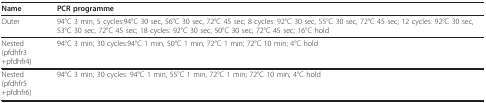
<table><thead><tr><td><b>Name</b></td><td><b>PCR programme</b></td></tr></thead><tbody><tr><td>Outer</td><td>94°C 3 min; 5 cycles:94°C 30 sec, 56°C 30 sec, 72°C 45 sec; 8 cycles: 92°C 30 sec, 55°C 30 sec, 72°C 45 sec; 12 cycles: 92°C 30 sec, 53°C 30 sec, 72°C 45 sec; 18 cycles: 92°C 30 sec, 50°C 30 sec, 72°C 45 sec; 16°C hold</td></tr><tr><td>Nested(pfdhfr3+pfdhfr4)</td><td>94°C 3 min; 30 cycles:94°C 1 min, 50°C 1 min, 72°C 1 min; 72°C 10 min; 4°C hold</td></tr><tr><td>Nested(pfdhfr5+pfdhfr6)</td><td>94°C 3 min; 30 cycles: 94°C 1 min, 55°C 1 min, 72°C 1 min; 72°C 10 min; 4°C hold</td></tr></tbody></table>